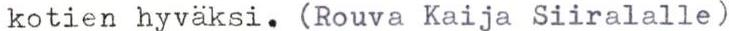
kotien hyväksi. (Rouva Kaija Siiralalle)